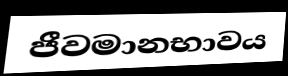
ජීවමානභාවය